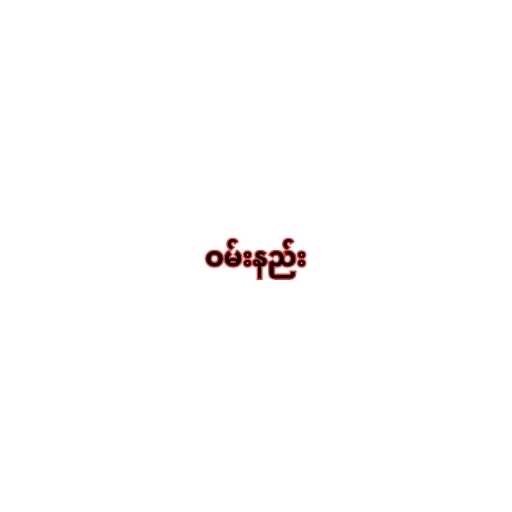
ဝမ်းနည်း